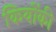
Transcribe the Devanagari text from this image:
कियोंकी